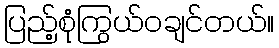
ပြည့်စုံကြွယ်ဝချင်တယ်။